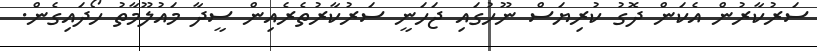
ސަރުކާރުން އެކަން ދޮގު ކުރިޔަސް ނޫހުގައި ޖަހަނީ ސަރުކާރުތެރެއިން ސީދާ މައުލޫމާތު ހޯދައިގެން.